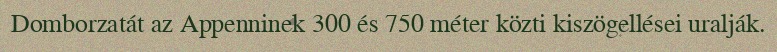
Domborzatát az Appenninek 300 és 750 méter közti kiszögellései uralják.